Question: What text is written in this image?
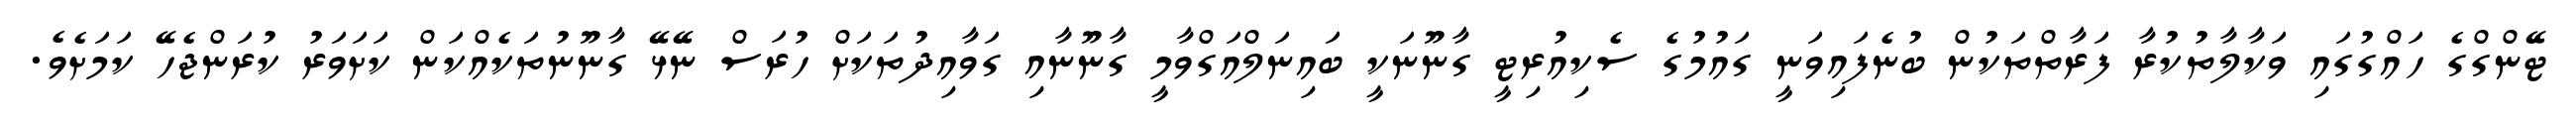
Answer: ޓޭންގްގެ ހައްގުގައި ވަކާލާތުކުރާ ފަރާތްތަކުން ބުނެފައިވަނީ ގައުމުގެ ސެކިއުރިޓީ ގާނޫނަކީ ބައިނަލްއަގްވާމީ ގާނޫނާއި ގަވާއިދުތަކަށް ހުރަސް ނޭޅޭ ގާނޫނުތަކެއްކަން ކަށަވަރު ކުރަންޖެހޭ ކަމަށެވެ.